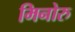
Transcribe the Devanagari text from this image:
मिनोरु